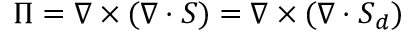
\Pi = \nabla \times ( \nabla \cdot \ensuremath { \boldsymbol { S } } ) = \nabla \times ( \nabla \cdot \ensuremath { \boldsymbol { S } } _ { d } )